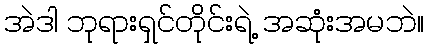
အဲဒါ ဘုရားရှင်တိုင်းရဲ့ အဆုံးအမဘဲ။